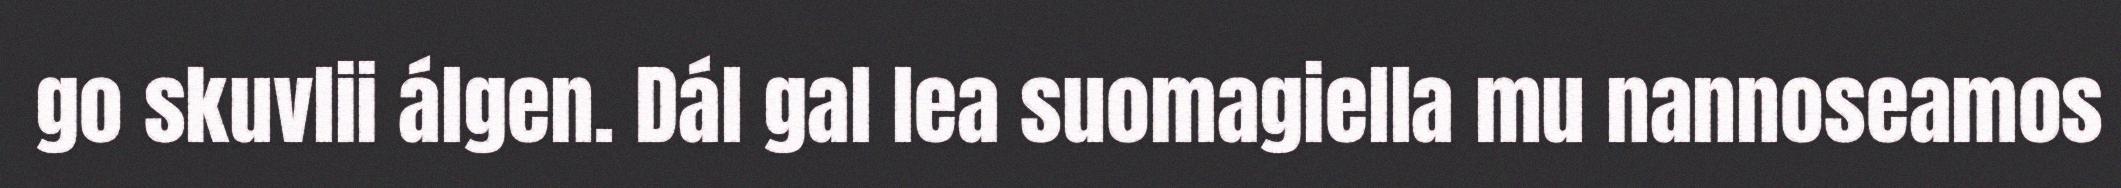
go skuvlii álgen. Dál gal lea suomagiella mu nannoseamos